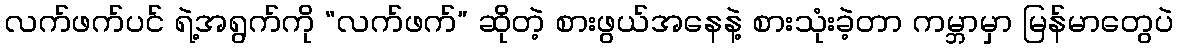
လက်ဖက်ပင် ရဲ့အရွက်ကို “လက်ဖက်” ဆိုတဲ့ စားဖွယ်အနေနဲ့ စားသုံးခဲ့တာ ကမ္ဘာမှာ မြန်မာတွေပဲ